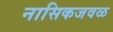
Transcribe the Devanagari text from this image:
नासिकजवळ